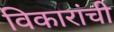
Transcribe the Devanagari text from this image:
विकारांची